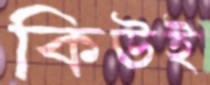
কিউই